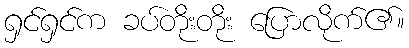
ရှင်ရှင်က ခပ်တိုးတိုး ပြောလိုက်၏။